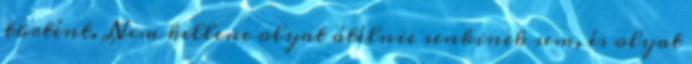
történt. Nem kellene olyat átélnie senkinek sem, és olyat